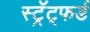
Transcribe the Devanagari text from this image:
स्ट्रॅट्फर्ड